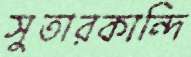
সুতারকান্দি